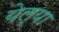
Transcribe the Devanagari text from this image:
येल्या